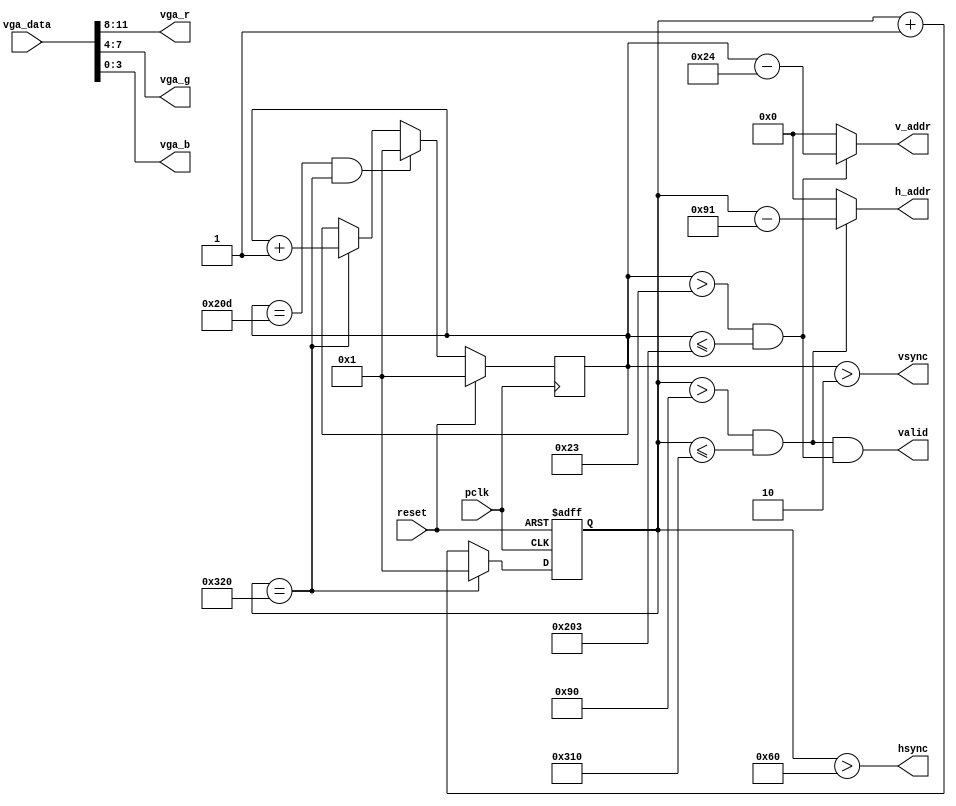
module vga_ctrl(
   input pclk, //25MHz 
   input reset, // 
   input [11:0] vga_data, // VGA 
   output [9:0] h_addr, // 
   output [9:0] v_addr,
   output hsync, // 
   output vsync,
   output valid, // 
   output [3:0] vga_r, // 
   output [3:0] vga_g,
   output [3:0] vga_b
   );
   
   //640x480 VGA 
   parameter h_frontporch = 96;
   parameter h_active = 144;
   parameter h_backporch = 784;
   parameter h_total = 800;
   parameter v_frontporch = 2;
   parameter v_active = 35;
   parameter v_backporch = 515;
   parameter v_total = 525;
   
   // 
   reg [9:0] x_cnt;
   reg [9:0] y_cnt;
   wire h_valid;
   wire v_valid;
   
   always @(posedge reset or posedge pclk) // 
      if (reset == 1'b1)
         x_cnt <= 1;
      else begin
         if (x_cnt == h_total)
            x_cnt <= 1;
         else
            x_cnt <= x_cnt + 10'd1;
      end
      
   always @(posedge pclk) // 
      if (reset == 1'b1)
         y_cnt <= 1;
      else begin
         if (y_cnt == v_total & x_cnt == h_total)
            y_cnt <= 1;
         else if (x_cnt == h_total)
            y_cnt <= y_cnt + 10'd1;
      end
      
   // 
   assign hsync = (x_cnt > h_frontporch);
   assign vsync = (y_cnt > v_frontporch);
   
   // 
   assign h_valid = (x_cnt > h_active) & (x_cnt <= h_backporch);
   assign v_valid = (y_cnt > v_active) & (y_cnt <= v_backporch);
   assign valid = h_valid & v_valid;
   
   // 
   assign h_addr = h_valid ? (x_cnt - 10'd145) : {10{1'b0}};
   assign v_addr = v_valid ? (y_cnt - 10'd36) : {10{1'b0}};
   
   // 
   assign vga_r = vga_data[11:8];
   assign vga_g = vga_data[7:4];
   assign vga_b = vga_data[3:0];
   
endmodule